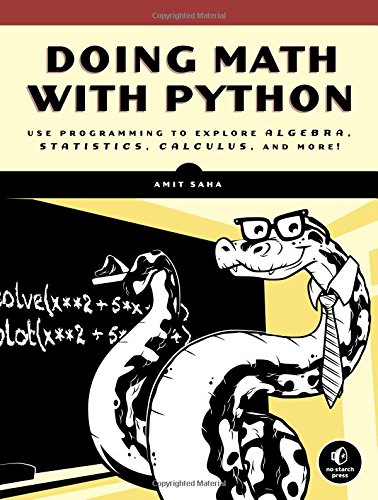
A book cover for Doing Math with Python: Use Programming to Explore Algebra, Statistics, Calculus, and More!; Amit Saha; Computers & Technology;